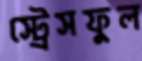
স্ট্রেসফুল